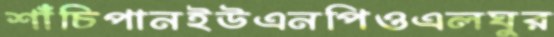
শাঁচিপানইউএনপিওএলঘুর